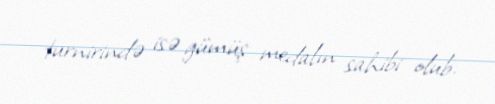
turnirində isə gümüş medalın sahibi olub.